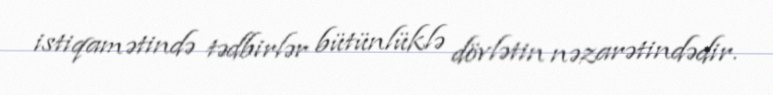
istiqamətində tədbirlər bütünlüklə dövlətin nəzarətindədir.